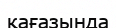
қағазында